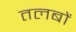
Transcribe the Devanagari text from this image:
तलबों